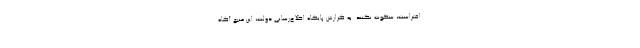
افتراست، سکوت نکنند. به گزارش پایگاه اطلاع‌رسانی دولت، این منبع آگاه